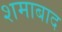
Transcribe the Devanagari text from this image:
शमाबाद